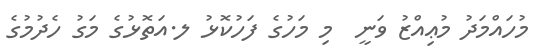
މުހައްމަދު މުޢިއްޒު ވަނީ  މި މަހުގެ ފަހުކޮޅު ލ.އަތޮޅުގެ މަގު ހެދުމުގެ